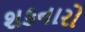
શકનારો